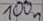
Text: 100n